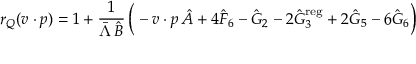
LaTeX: r _ { Q } ( v \cdot p ) = 1 + { \frac { 1 } { \bar { \Lambda } \, \hat { B } } } \, \bigg ( - v \cdot p \, \hat { A } + 4 \hat { F } _ { 6 } - \hat { G } _ { 2 } - 2 \hat { G } _ { 3 } ^ { \mathrm { r e g } } + 2 \hat { G } _ { 5 } - 6 \hat { G } _ { 6 } \bigg )